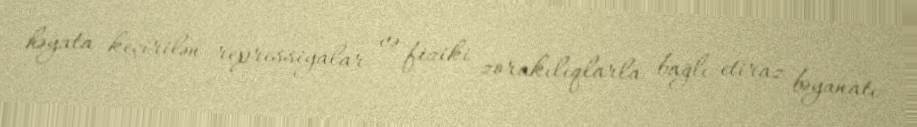
həyata keçirilən repressiyalar və fiziki zorakılıqlarla bağlı etiraz bəyanatı